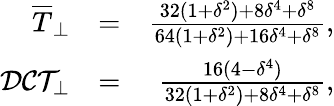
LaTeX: \begin{array}{rlr}{\overline{{T}}_{\perp}}&{=}&{\frac{32(1+\delta^{2})+8\delta^{4}+\delta^{8}}{64(1+\delta^{2})+16\delta^{4}+\delta^{8}},}\\ {\mathcal{DCT}_{\perp}}&{=}&{\frac{16(4-\delta^{4})}{32\left(1+\delta^{2}\right)+8\delta^{4}+\delta^{8}},}\end{array}